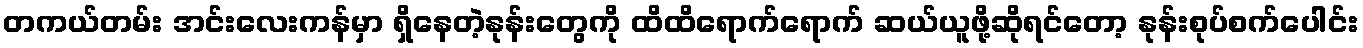
တကယ်တမ်း အင်းလေးကန်မှာ ရှိနေတဲ့နုန်းတွေကို ထိထိရောက်ရောက် ဆယ်ယူဖို့ဆိုရင်တော့ နုန်းစုပ်စက်ပေါင်း